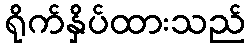
ရိုက်နှိပ်ထားသည်